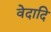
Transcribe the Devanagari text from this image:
वेदादि